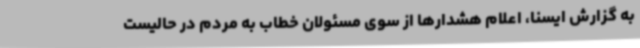
به گزارش ایسنا، اعلام هشدارها از سوی مسئولان خطاب به مردم در حالیست